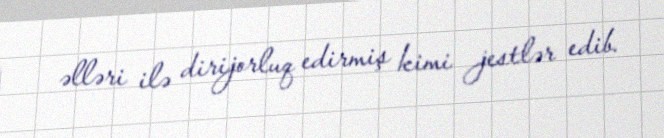
əlləri ilə dirijorluq edirmiş kimi jestlər edib.